Annual report of the Punjab Veterinary College and of the Civil Veterinary Department, Punjab - 1920-1925
Year: 1920
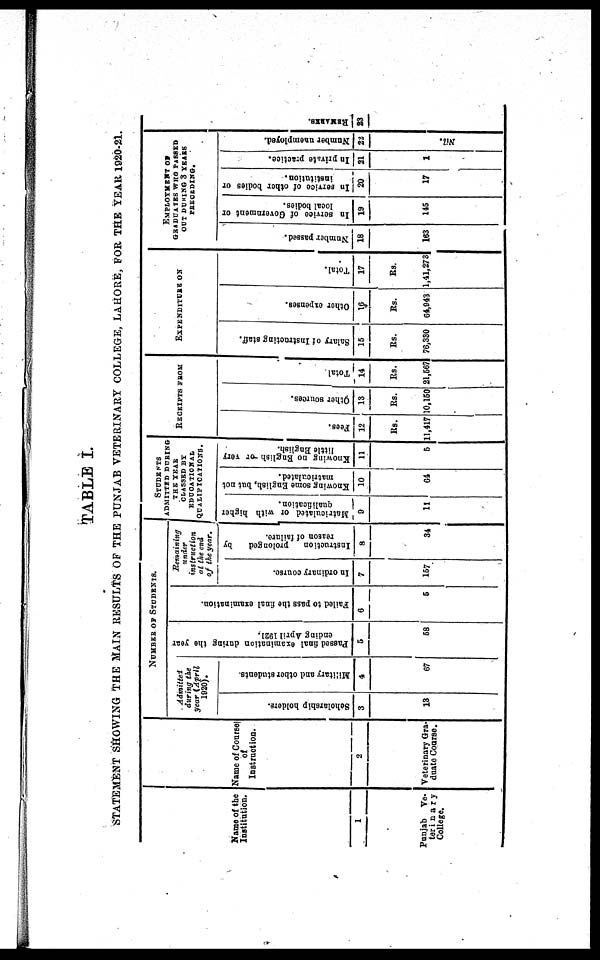
TABLE I.
STATEMENT SHOWI NG T H E MAI N RESULTS O F T H E PUNJAB VETERINARY COLLEGE, LAHORE, F O R T H E YEAR 1920-21.
Name o f t h e
Institution.
1
Punj ab Ve-
terinary
Col l ege.
Name of Course
of
Instructi on.
2
Vet eri nary Gra-
duat e Coarse.
NUMBER
O F STUDENTS.
Admi t
t
ed
during the
year (April
1920).
Scholarship hol de r
s .
3
13
Military and other students.
4
67
Passed final examination during the year
ending April 1921.
5
58
Failed to pass the final examination.
6
5
Remaining under
instruction at the end
of the year.
In ordinary course.
7
167
Instruction prolonged by
reason of failure.
8
34
STUDENTS ADMITTED
DURING
THE YEAR
CLASSED BY
EDUCATIONAL
QUALIFICATIONS.
Matriculated or with higher
qualification.
9
11
Knowing some English, but not
matriculated.
10
64
Knowing no English or very
little English.
11
5
RECEIPTS FROM
Fees.
12
Rs.
11, 417
Other sources.
13
R s .
10, 150
Total
14
R s .
21, 567
EXPENDI TUSE ON
Salary of Instructing staff.
15
R s .
76, 330
Other expenses.
16
R s .
64, 943
Total.
17
R s .
1, 41, 273
EMPLOYMENT OF
GRADUATES WHO PASSED
OUT DURING 3 YEARS
PRECEDING.
Number passed.
18
163
In service of Government or
local bodies.
19
145
In service of other bodies or
institution.
20
17
In private practice.
21
1
Number unemployed.
22
REMARKS.
23